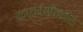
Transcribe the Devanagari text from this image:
काव्यशैलीत